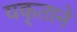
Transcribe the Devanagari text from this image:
यकृताने